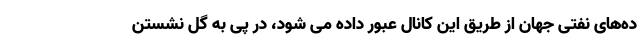
ده‌های نفتی جهان از طریق این کانال عبور داده می شود، در پی به گل نشستن